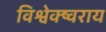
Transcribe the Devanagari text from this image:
विश्वेक्ष्वराय